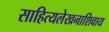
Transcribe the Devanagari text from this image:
साहित्यलेखनाशिवाय